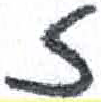
אות: ז